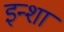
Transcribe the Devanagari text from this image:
इन्शा